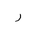
Letter: _ra